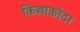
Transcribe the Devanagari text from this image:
किल्लाकोटा